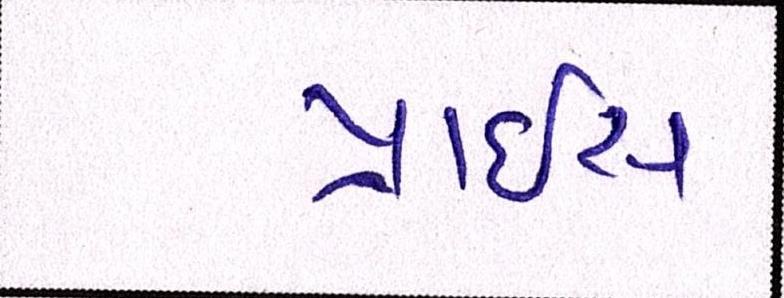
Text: પ્રાઇસ